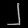
Digit: ၂